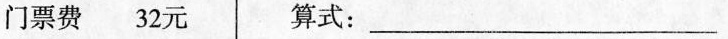
门票费 32元 算式：___